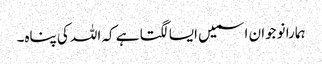
ہمارا نوجوان اسمیں ایسا لگتا ہے کہ اللہ کی پناہ۔